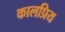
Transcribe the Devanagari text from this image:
कालप्रिय